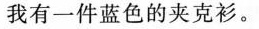
我有一件蓝色的夹克衫。